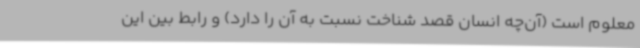
معلوم است (آن‌چه انسان قصد شناخت نسبت به آن را دارد) و رابط بین این